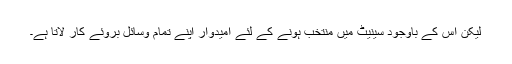
لیکن اس کے باوجود سینیٹ میں منتخب ہونے کے لئے امیدوار اپنے تمام وسائل بروئے کار لاتا ہے۔